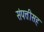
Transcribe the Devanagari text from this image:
संपत्तीसह